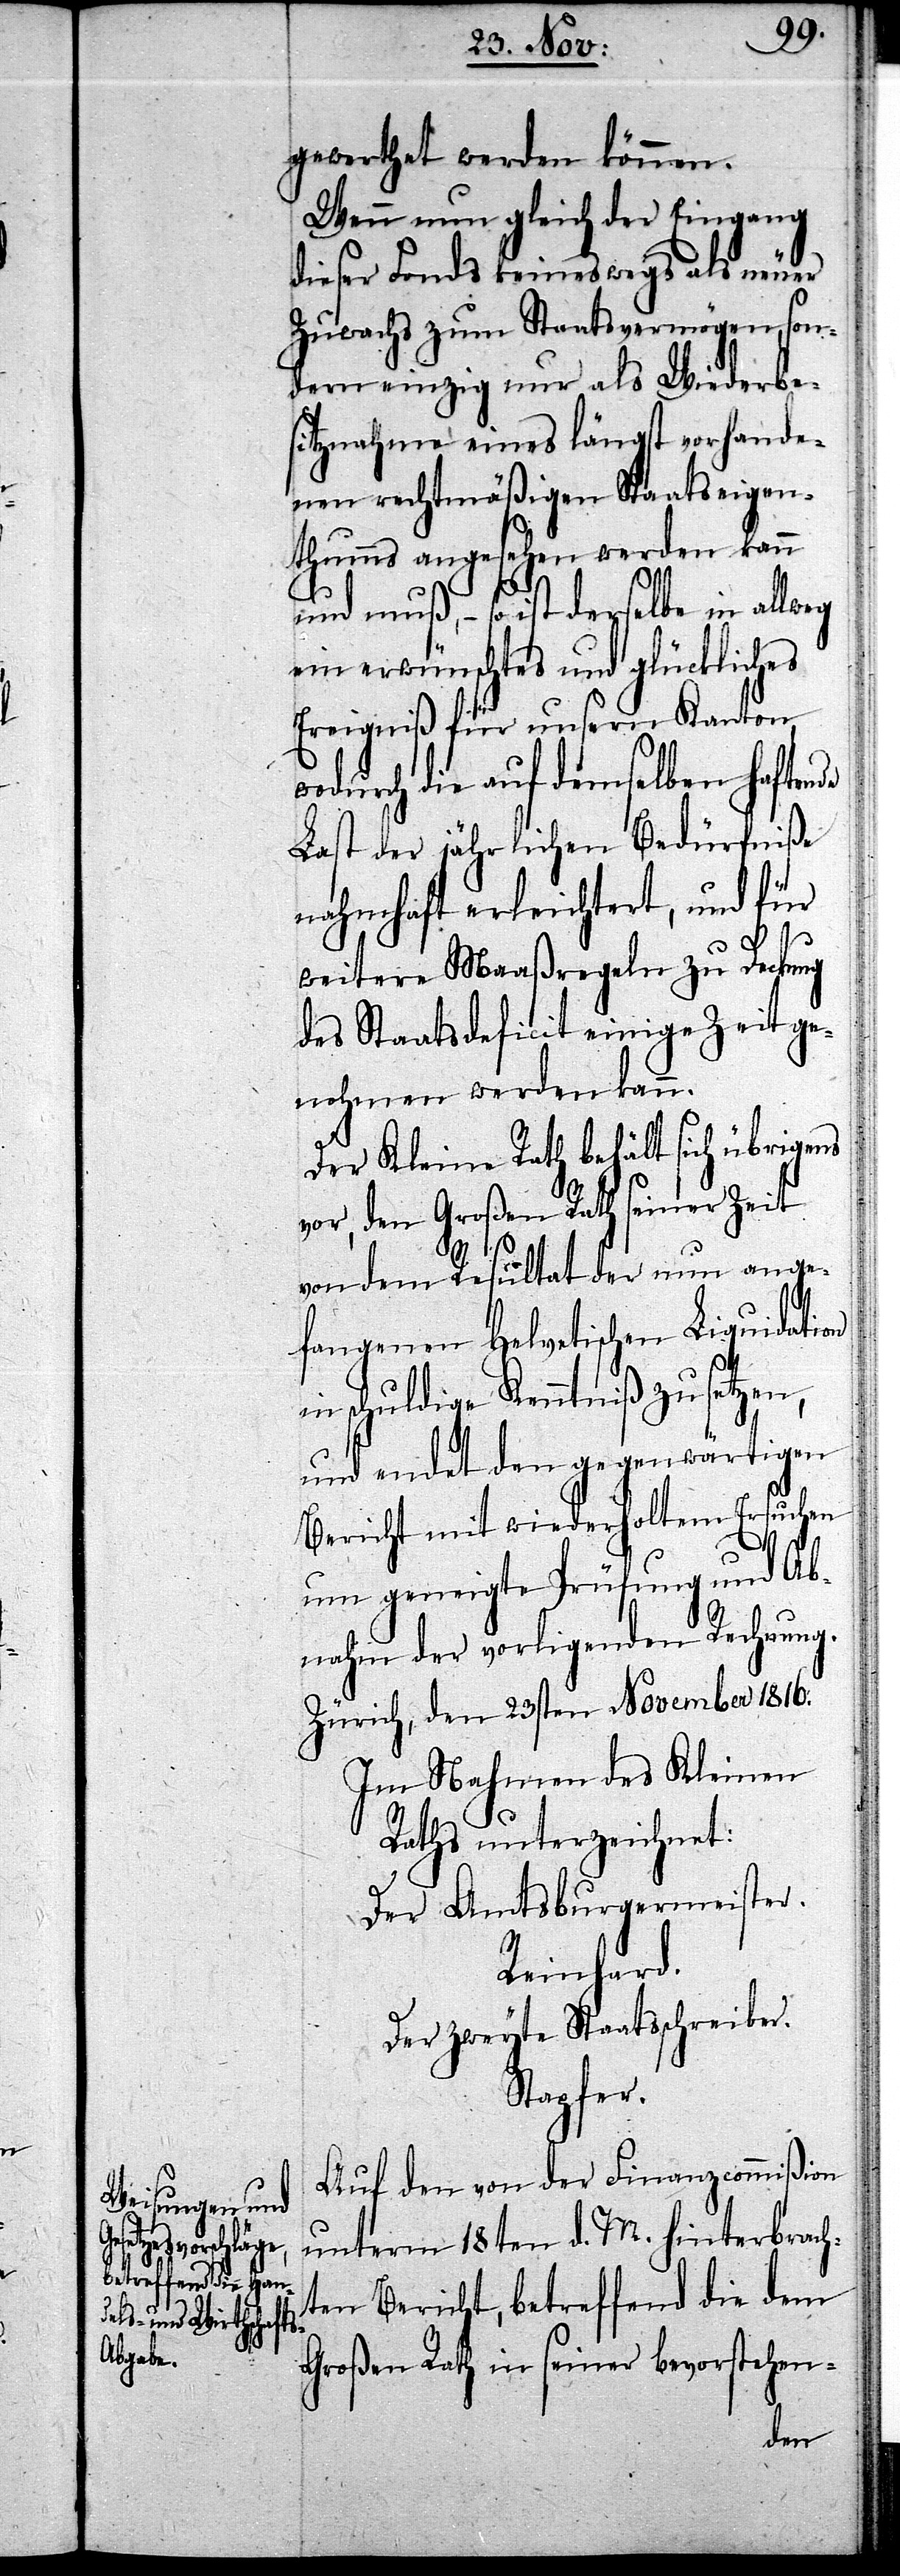
gewerthet werden können.
Wenn nun gleich der Eingang
dieser Fonds keineswegs als neuer
Zuwachs zum Staatsvermögen, son¬
dern einzig nur als Wiederbe¬
sitznahme eines längst vorhande¬
nen rechtmäßigen Staatseigen¬
thumms angesehen werden kann
und muß, – so ist derselbe in allweg
ein erwünschtes und glückliches
Ereigniß für unsern Kanton
wodurch die auf demselben haftende
Last der jährlichen Bedürfniße
nahmhaft erleichtert, und für
weitere Maaßregeln zu Deckung
des Staatsdeficit einige Zeit ge¬
nohmen werden kann.
Der Kleine Rath behält sich übrigens
vor, den Großen Rath seiner Zeit
von dem Resultat der nun ange¬
fangenen Helvetischen Liquidati¬
on
in schuldige Kenntniß zu setzen,
und endet den gegenwärtigen
Bericht mit wiederholtem Ersuchen
um geneigte Prüfung und Ab¬
nahm der vorliegenden Rechnung.
Zürich, den 23sten November 1816.
Im Nahmen des Kleinen
Raths unterzeichnet:
Der Amtsburgermeister.
Reinhard.
Der zweyte Staatsschreiber.
Stapfer.
Auf den von der Finanzcommißion
unterm 18ten d. M. hinterbrach¬
ten Bericht, betreffend die dem
Großen Rath in seiner bevorstehen-